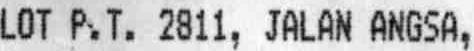
LOP P.T. 2811, JALAN ANGSA,